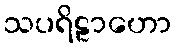
သပရိဠာဟော